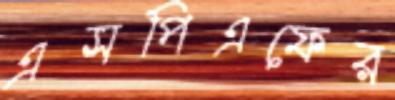
এসপিএফের